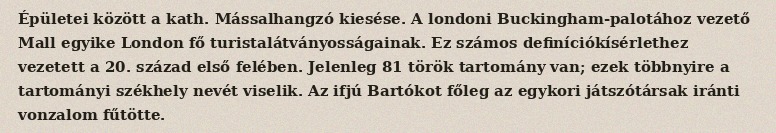
Épületei között a kath. Mássalhangzó kiesése. A londoni Buckingham-palotához vezető Mall egyike London fő turistalátványosságainak. Ez számos definíciókísérlethez vezetett a 20. század első felében. Jelenleg 81 török tartomány van; ezek többnyire a tartományi székhely nevét viselik. Az ifjú Bartókot főleg az egykori játszótársak iránti vonzalom fűtötte.